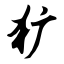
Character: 犷